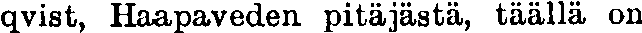
qvist, Haapaveden pitäjästä, täällä on